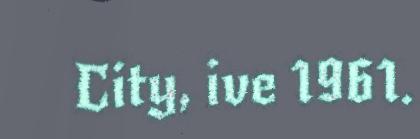
City, ive 1961.